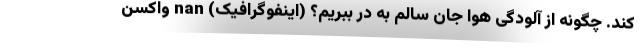
کند. چگونه از آلودگی هوا جان سالم به در ببریم؟ (اینفوگرافیک) nan واکسن